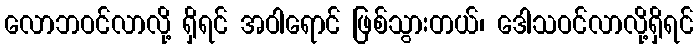
လောဘဝင်လာလို့ ရှိရင် အဝါရောင် ဖြစ်သွားတယ်၊ ဒေါသဝင်လာလို့ရှိရင်